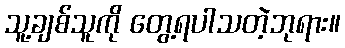
သူ့ချစ်သူကို တွေ့ရပါသတဲ့ဘုရား။